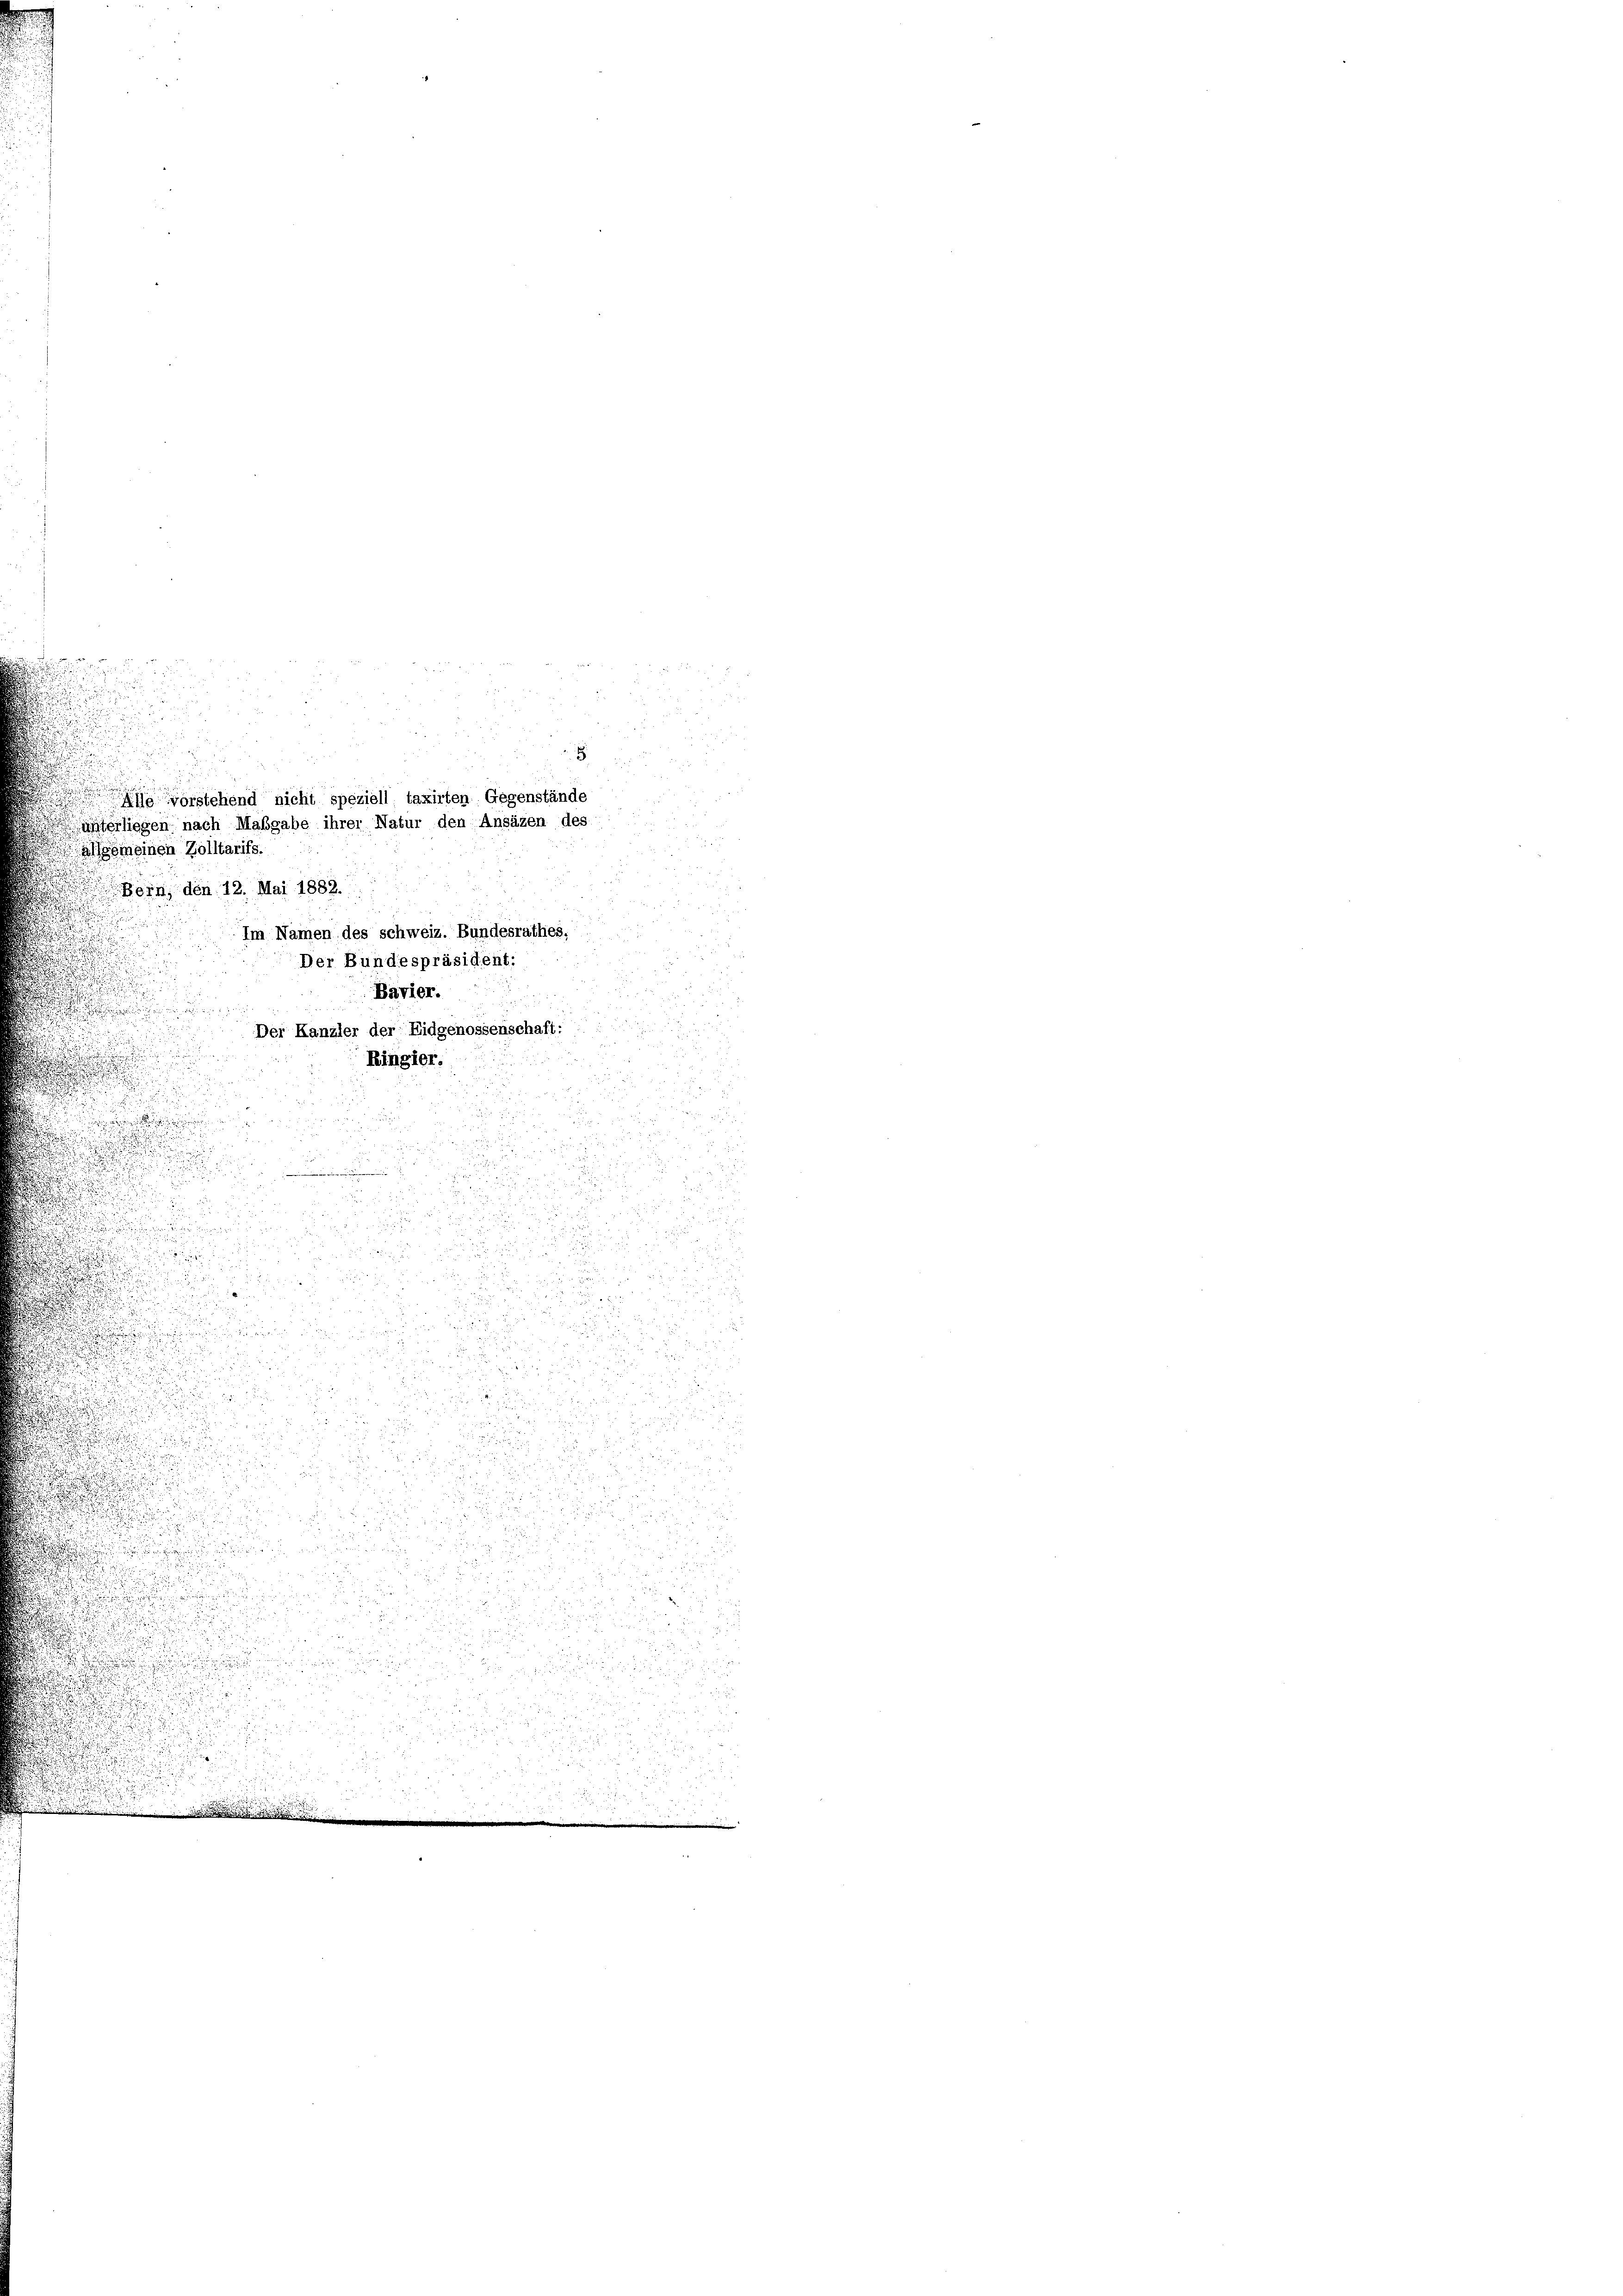
.

e
.

a

algemeinen Zolltarifs.
Bern, den 12. Mai 1882.
Im Namen des schweiz. Bundesrathes:
Der Bundespräsident:
Bavier.

Der Kanzler der Eidgenossenschaft:
Ringier.

n

da
.

.

u
d

i

2

a
u
u
.

n
.

 85

d
.
u
 xx
.

u
.
i

u
.
d
g

d

u

u

 . . .

2 x 2
1

8

t

8
svorstehend nicht speziell taxirten Gegenstände
unterliegen nach Maßgabe ihrer Natur den Ansäzen des